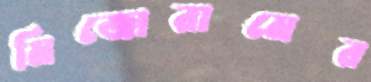
মিজোরামের